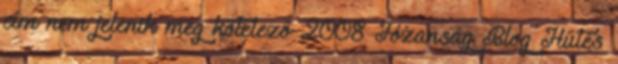
cím nem jelenik meg kötelező 2008 Józanság Blog Hűtés